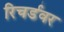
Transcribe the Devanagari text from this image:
रिचर्डवर